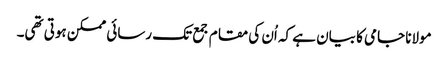
مولانا جامی کا بیان ہے کہ اُن کی مقام جمع تک رسائی ممکن ہوتی تھی۔